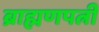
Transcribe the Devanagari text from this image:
ब्राह्मणपत्नी